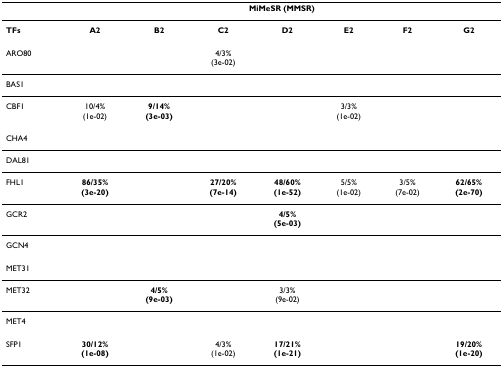
<table><thead><tr><td></td><td colspan="7"><b>MiMeSR (MMSR)</b></td></tr></thead><tbody><tr><td><b>TFs</b></td><td><b>A2</b></td><td><b>B2</b></td><td><b>C2</b></td><td><b>D2</b></td><td><b>E2</b></td><td><b>F2</b></td><td><b>G2</b></td></tr><tr><td>ARO80</td><td></td><td></td><td>4/3%(3e-02)</td><td></td><td></td><td></td><td></td></tr><tr><td>BAS1</td><td></td><td></td><td></td><td></td><td></td><td></td><td></td></tr><tr><td>CBF1</td><td>10/4%(1e-02)</td><td><b>9/14%</b><b>(3e-03)</b></td><td></td><td></td><td>3/3%(1e-02)</td><td></td><td></td></tr><tr><td>CHA4</td><td></td><td></td><td></td><td></td><td></td><td></td><td></td></tr><tr><td>DAL81</td><td></td><td></td><td></td><td></td><td></td><td></td><td></td></tr><tr><td>FHL1</td><td><b>86/35%</b><b>(3e-20)</b></td><td></td><td><b>27/20%</b><b>(7e-14)</b></td><td><b>48/60%</b><b>(1e-52)</b></td><td>5/5%(1e-02)</td><td>3/5%(7e-02)</td><td><b>62/65%</b><b>(2e-70)</b></td></tr><tr><td>GCR2</td><td></td><td></td><td></td><td><b>4/5%</b><b>(5e-03)</b></td><td></td><td></td><td></td></tr><tr><td>GCN4</td><td></td><td></td><td></td><td></td><td></td><td></td><td></td></tr><tr><td>MET31</td><td></td><td></td><td></td><td></td><td></td><td></td><td></td></tr><tr><td>MET32</td><td></td><td><b>4/5%</b><b>(9e-03)</b></td><td></td><td>3/3%(9e-02)</td><td></td><td></td><td></td></tr><tr><td>MET4</td><td></td><td></td><td></td><td></td><td></td><td></td><td></td></tr><tr><td>SFP1</td><td><b>30/12%</b><b>(1e-08)</b></td><td></td><td>4/3%(1e-02)</td><td><b>17/21%</b><b>(1e-21)</b></td><td></td><td></td><td><b>19/20%</b><b>(1e-20)</b></td></tr></tbody></table>